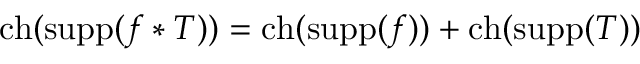
\operatorname { c h } ( \operatorname { s u p p } ( f \ast T ) ) = \operatorname { c h } ( \operatorname { s u p p } ( f ) ) + \operatorname { c h } ( \operatorname { s u p p } ( T ) )